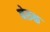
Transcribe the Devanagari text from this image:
नेरुळ